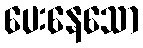
ပေးနေသော